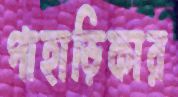
পাহাড়িকার